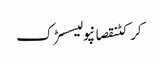
کرکٹنقصانپولیسسڑک